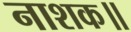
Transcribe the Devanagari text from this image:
नाशक॥